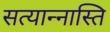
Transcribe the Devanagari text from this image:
सत्यान्नास्ति